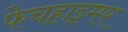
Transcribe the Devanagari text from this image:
फेचहाइमर